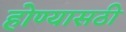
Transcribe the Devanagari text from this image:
होण्यासठी